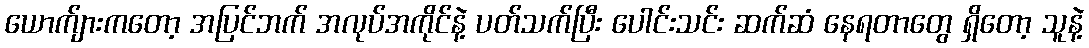
ယောက်ျားကတော့ အပြင်ဘက် အလုပ်အကိုင်နဲ့ ပတ်သက်ပြီး ပေါင်းသင်း ဆက်ဆံ နေရတာတွေ ရှိတော့ သူနဲ့